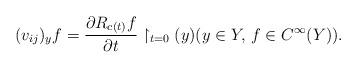
LaTeX: \begin{align*}(v_{ij})_yf = \frac{\partial R_{c(t)}f}{\partial t} \restriction_{t=0}(y)(y \in Y,\, f \in C^\infty(Y)).\end{align*}